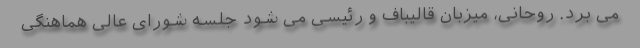
می برد. روحانی، میزبان قالیباف و رئیسی می شود جلسه شورای عالی هماهنگی